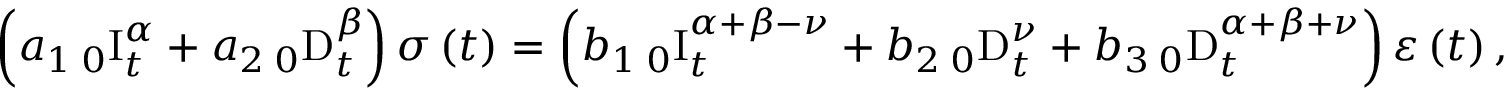
\left( a _ { 1 } \, _ { 0 } \mathrm { I } _ { t } ^ { \alpha } + a _ { 2 } \, _ { 0 } \mathrm { D } _ { t } ^ { \beta } \right) \sigma \left( t \right) = \left( b _ { 1 } \, _ { 0 } \mathrm { I } _ { t } ^ { \alpha + \beta - \nu } + b _ { 2 } \, _ { 0 } \mathrm { D } _ { t } ^ { \nu } + b _ { 3 } \, _ { 0 } \mathrm { D } _ { t } ^ { \alpha + \beta + \nu } \right) \varepsilon \left( t \right) ,